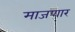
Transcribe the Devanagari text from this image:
माजणार